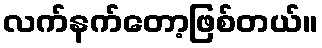
လက်နက်တော့ဖြစ်တယ်။